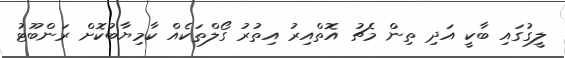
ލީގުގައި ބާކީ އަދި ތިން މެޗު އޮތްއިރު އިތުރު ގޯލްތަކެއް ކާމިޔާބުކޮށް ރަންބޫޓު